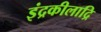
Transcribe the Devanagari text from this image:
इंद्रकीलाद्रि